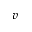
v